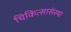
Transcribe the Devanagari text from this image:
चिकित्सासंस्था